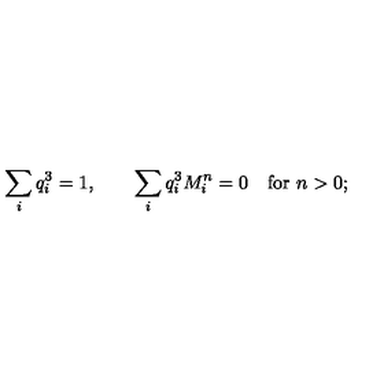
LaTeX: \sum _ { i } q _ { i } ^ { 3 } = 1 , \quad \quad \sum _ { i } q _ { i } ^ { 3 } M _ { i } ^ { n } = 0 \quad \mathrm { f o r } \ n > 0 ;